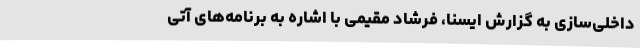
داخلی‌سازی به گزارش ایسنا، فرشاد مقیمی با اشاره به برنامه‌های آتی